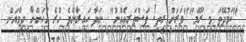
"ކަމުދޭތަ މި ރޫމް""ވަރަށް ރީތި! ފަސްތަރިއެއްނު" ނަދާ ހައިރާންވެ ހުރެ އަހަންނާ ދިމާއަށް